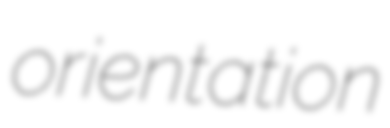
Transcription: orientation